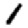
Digit: 1